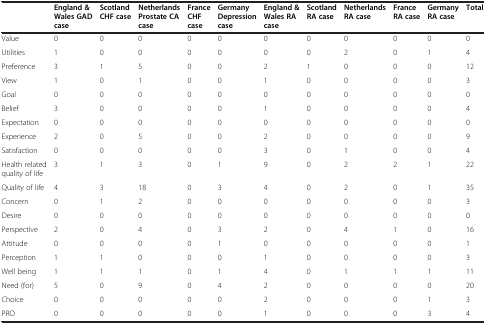
<table><thead><tr><td>[EMPTY_CELL]</td><td><b>England &amp; Wales GAD case</b></td><td><b>Scotland CHF case</b></td><td><b>Netherlands Prostate CA case</b></td><td><b>France CHF case</b></td><td><b>Germany Depression case</b></td><td><b>England &amp; Wales RA case</b></td><td><b>Scotland RA case</b></td><td><b>Netherlands RA case</b></td><td><b>France RA case</b></td><td><b>Germany RA case</b></td><td><b>Total</b></td></tr></thead><tbody><tr><td>Value</td><td>0</td><td>0</td><td>0</td><td>0</td><td>0</td><td>0</td><td>0</td><td>0</td><td>0</td><td>0</td><td>0</td></tr><tr><td>Utilities</td><td>1</td><td>0</td><td>0</td><td>0</td><td>0</td><td>0</td><td>0</td><td>2</td><td>0</td><td>1</td><td>4</td></tr><tr><td>Preference</td><td>3</td><td>1</td><td>5</td><td>0</td><td>0</td><td>2</td><td>1</td><td>0</td><td>0</td><td>0</td><td>12</td></tr><tr><td>View</td><td>1</td><td>0</td><td>1</td><td>0</td><td>0</td><td>1</td><td>0</td><td>0</td><td>0</td><td>0</td><td>3</td></tr><tr><td>Goal</td><td>0</td><td>0</td><td>0</td><td>0</td><td>0</td><td>0</td><td>0</td><td>0</td><td>0</td><td>0</td><td>0</td></tr><tr><td>Belief</td><td>3</td><td>0</td><td>0</td><td>0</td><td>0</td><td>1</td><td>0</td><td>0</td><td>0</td><td>0</td><td>4</td></tr><tr><td>Expectation</td><td>0</td><td>0</td><td>0</td><td>0</td><td>0</td><td>0</td><td>0</td><td>0</td><td>0</td><td>0</td><td>0</td></tr><tr><td>Experience</td><td>2</td><td>0</td><td>5</td><td>0</td><td>0</td><td>2</td><td>0</td><td>0</td><td>0</td><td>0</td><td>9</td></tr><tr><td>Satisfaction</td><td>0</td><td>0</td><td>0</td><td>0</td><td>0</td><td>3</td><td>0</td><td>1</td><td>0</td><td>0</td><td>4</td></tr><tr><td>Health related quality of life</td><td>3</td><td>1</td><td>3</td><td>0</td><td>1</td><td>9</td><td>0</td><td>2</td><td>2</td><td>1</td><td>22</td></tr><tr><td>Quality of life</td><td>4</td><td>3</td><td>18</td><td>0</td><td>3</td><td>4</td><td>0</td><td>2</td><td>0</td><td>1</td><td>35</td></tr><tr><td>Concern</td><td>0</td><td>1</td><td>2</td><td>0</td><td>0</td><td>0</td><td>0</td><td>0</td><td>0</td><td>0</td><td>3</td></tr><tr><td>Desire</td><td>0</td><td>0</td><td>0</td><td>0</td><td>0</td><td>0</td><td>0</td><td>0</td><td>0</td><td>0</td><td>0</td></tr><tr><td>Perspective</td><td>2</td><td>0</td><td>4</td><td>0</td><td>3</td><td>2</td><td>0</td><td>4</td><td>1</td><td>0</td><td>16</td></tr><tr><td>Attitude</td><td>0</td><td>0</td><td>0</td><td>0</td><td>1</td><td>0</td><td>0</td><td>0</td><td>0</td><td>0</td><td>1</td></tr><tr><td>Perception</td><td>1</td><td>1</td><td>0</td><td>0</td><td>0</td><td>1</td><td>0</td><td>0</td><td>0</td><td>0</td><td>3</td></tr><tr><td>Well being</td><td>1</td><td>1</td><td>1</td><td>0</td><td>1</td><td>4</td><td>0</td><td>1</td><td>1</td><td>1</td><td>11</td></tr><tr><td>Need (for)</td><td>5</td><td>0</td><td>9</td><td>0</td><td>4</td><td>2</td><td>0</td><td>0</td><td>0</td><td>0</td><td>20</td></tr><tr><td>Choice</td><td>0</td><td>0</td><td>0</td><td>0</td><td>0</td><td>2</td><td>0</td><td>0</td><td>0</td><td>1</td><td>3</td></tr><tr><td>PRO</td><td>0</td><td>0</td><td>0</td><td>0</td><td>0</td><td>1</td><td>0</td><td>0</td><td>0</td><td>3</td><td>4</td></tr></tbody></table>